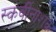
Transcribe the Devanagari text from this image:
स्कर्वीनाशक